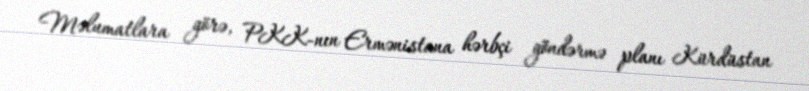
Məlumatlara görə, PKK-nın Ermənistana hərbçi göndərmə planı Kürdüstan